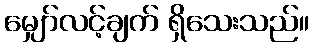
မျှော်လင့်ချက် ရှိသေးသည်။